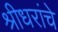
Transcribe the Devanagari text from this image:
श्रीधरांचे